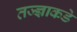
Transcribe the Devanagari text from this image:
तज्‍ज्ञाकडे